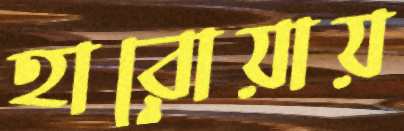
হারোয়ায়